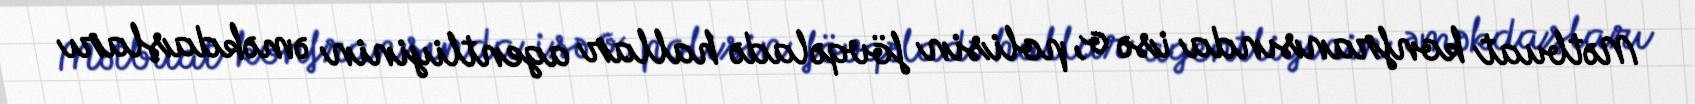
Mətbuat konfransında isə o, polisin fövqəladə hallar agentliyinin əməkdaşları